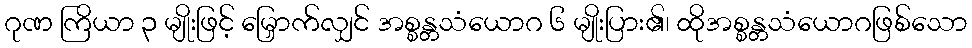
ဂုဏ ကြိယာ ၃ မျိုးဖြင့် မြှောက်လျှင် အစ္စန္တသံယောဂ ၆ မျိုးပြား၏၊ ထိုအစ္စန္တသံယောဂဖြစ်သော